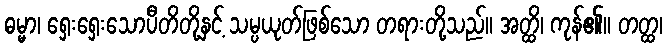
ဓမ္မာ၊ ရှေးရှေးသောပီတိတို့နှင့် သမ္ပယုတ်ဖြစ်သော တရားတို့သည်။ အတ္ထိ၊ ကုန်၏။ တတ္ထ၊